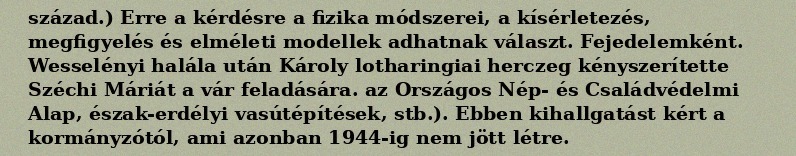
század.) Erre a kérdésre a fizika módszerei, a kísérletezés, megfigyelés és elméleti modellek adhatnak választ. Fejedelemként. Wesselényi halála után Károly lotharingiai herczeg kényszerítette Széchi Máriát a vár feladására. az Országos Nép- és Családvédelmi Alap, észak-erdélyi vasútépítések, stb.). Ebben kihallgatást kért a kormányzótól, ami azonban 1944-ig nem jött létre.